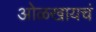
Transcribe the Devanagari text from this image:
ओळखायचं